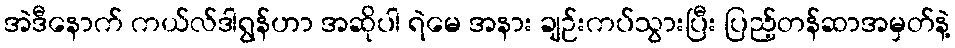
အဲဒီနောက် ကယ်လ်ဒါရွန်ဟာ အဆိုပါ ရဲမေ အနား ချဉ်းကပ်သွားပြီး ပြည့်တန်ဆာအမှတ်နဲ့